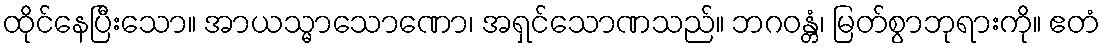
ထိုင်နေပြီးသော။ အာယသ္မာသောဏော၊ အရှင်သောဏသည်။ ဘဂဝန္တံ၊ မြတ်စွာဘုရားကို။ ဧတံ